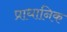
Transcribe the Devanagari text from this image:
प्राधानिक